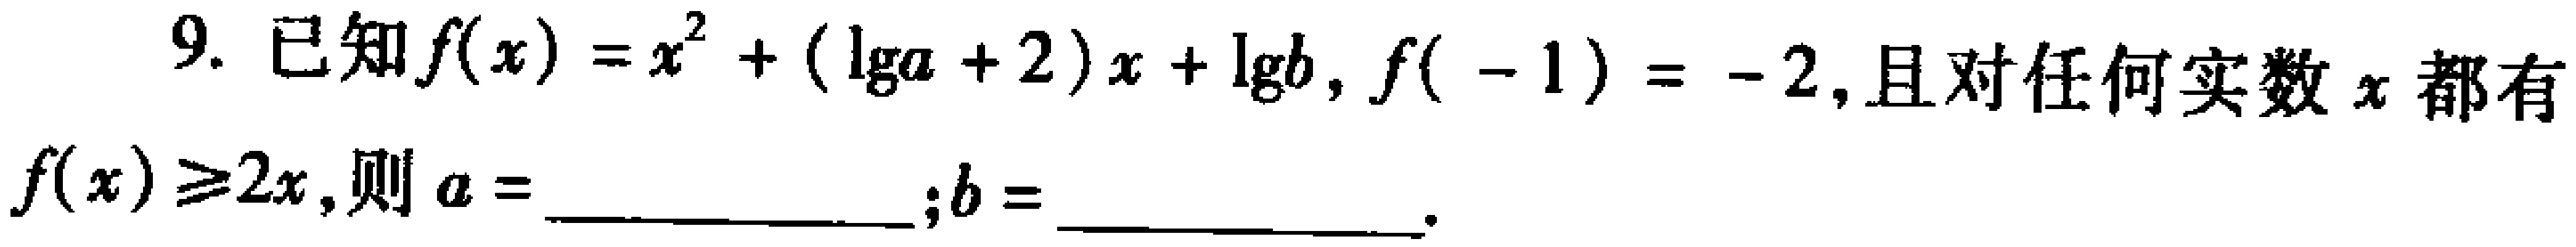
9. 已知\(f(x)=x^{2}+(\lg a + 2)x+\lg b\)，\(f( - 1)= - 2\)，且对任何实数\(x\)都有\(f(x)\geqslant2x\)，则\(a =\)________________；\(b =\)________________ 。